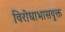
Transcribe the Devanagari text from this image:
विरोधाभासयुक्त